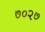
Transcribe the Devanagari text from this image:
७०२७